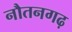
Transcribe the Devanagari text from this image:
नौतनगढ़